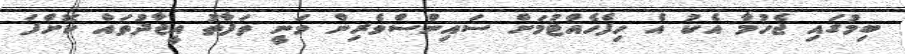
ބިމުގައި ޖެހުމާ އެކު އެ ހިފެހެއްޓުމަށް ސައިންސްވެރިން ވަނީ ތަފާތު އީޖާދުތައް ކޮށްފަ